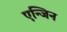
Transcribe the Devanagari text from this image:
एन्जिन